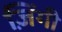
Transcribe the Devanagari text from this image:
ज़िंगी